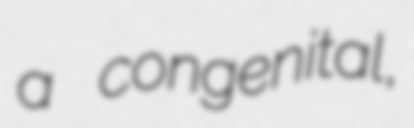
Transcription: a congenital,